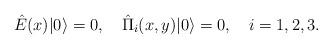
LaTeX: \begin{align*}\hat{E}(x)|0\rangle=0,\quad \hat{\Pi}_i(x,y)|0\rangle=0, \quad i=1,2,3.\end{align*}